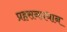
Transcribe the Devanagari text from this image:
प्रहसनप्रधान